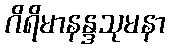
ဂိရိမာနန္ဒသုမနာ